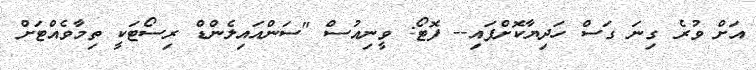
އަށް ވުރެ ގިނަ ގަސް ހަދިޔާކޮށްފައި-- ފޮޓޯ: ވީނިއުސް "ސަންއައިލެންޑް ރިސޯޓަކީ ތިމާވެއްޓަށް